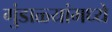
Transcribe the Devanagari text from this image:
गुंडाळ्यांमध्ये